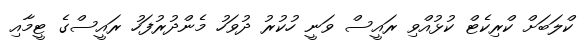
ކްލަބަށް ކްރިކެޓް ކުޅުއްވި ރައީސް ވަނީ ހުކުރު ދުވަހު މެންދުރުފަހު ރައީސްގެ ޓީމާއި